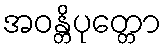
အဝန္တိပုတ္တော